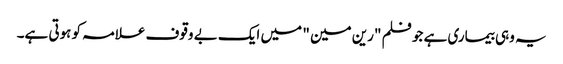
یہ وہی بیماری ہے جو فلم "رین مین " میں ایک بے وقوف علامہ کو ہوتی ہے۔